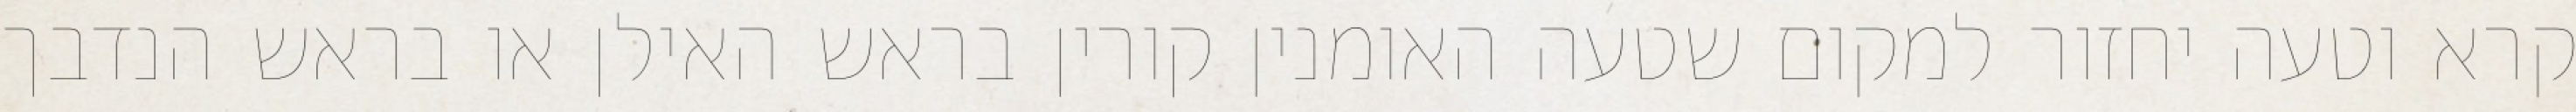
קרא וטעה יחזור למקום שטעה האומנין קורין בראש האילן או בראש הנדבך